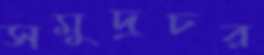
সমুদ্রচর